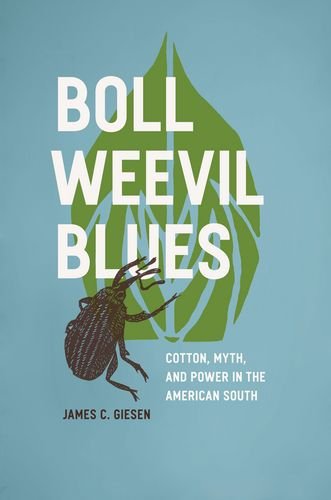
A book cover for Boll Weevil Blues: Cotton, Myth, and Power in the American South; James C. Giesen; Science & Math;